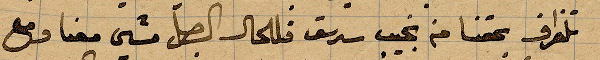
تلغراف بحقنا من نجيب سرسق فللحال الجل مشى معنا ومع